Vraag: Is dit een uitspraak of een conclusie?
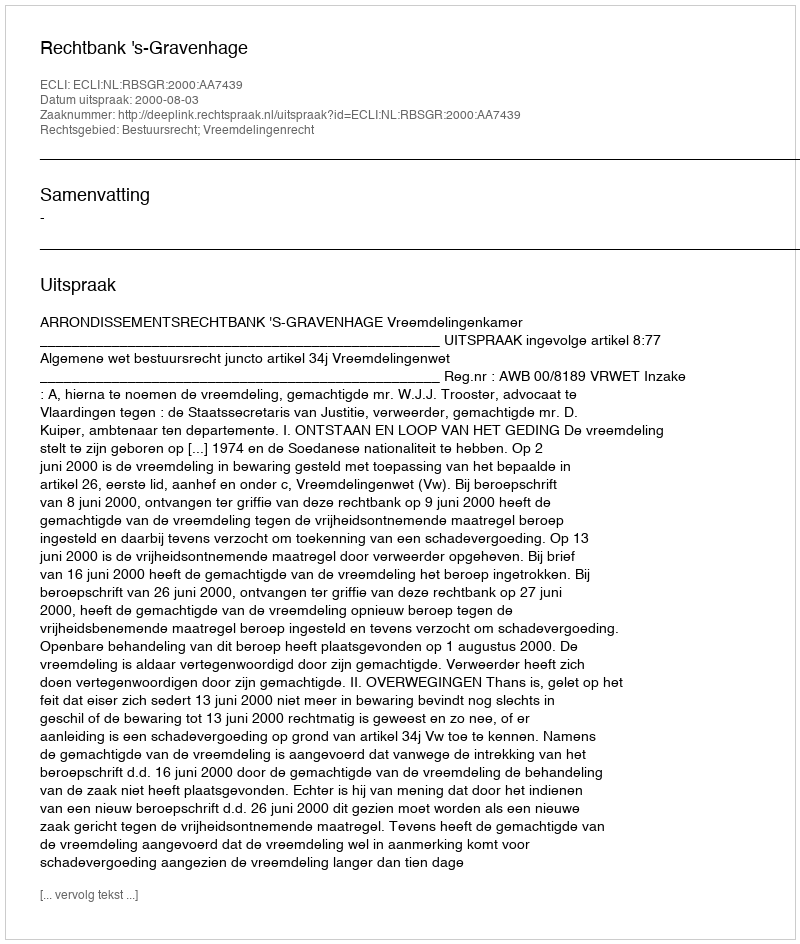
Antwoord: Uitspraak